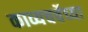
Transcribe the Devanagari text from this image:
काव्यचर्चेच्या